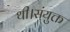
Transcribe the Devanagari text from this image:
थी।संयुक्त